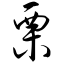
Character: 栗